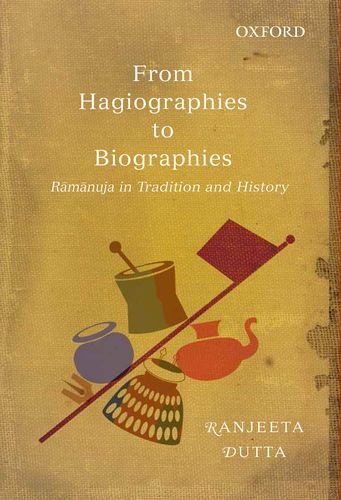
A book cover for From Hagiographies to Biographies: Ramanuja in Tradition and History; Ranjeeta Dutta; Religion & Spirituality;